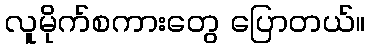
လူမိုက်စကားတွေ ပြောတယ်။